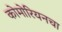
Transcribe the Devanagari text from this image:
कोमोरियनचा